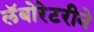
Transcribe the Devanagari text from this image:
लॅबोरेटरीने